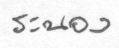
ระนอง